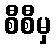
စီစီမှ